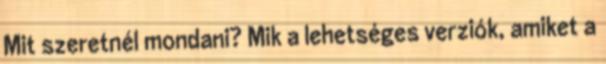
Mit szeretnél mondani? Mik a lehetséges verziók, amiket a